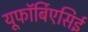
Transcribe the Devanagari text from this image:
यूफॉर्बिएसिई